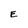
Character: E